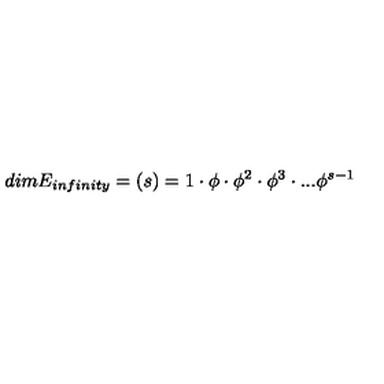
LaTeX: d i m E _ { i n f i n i t y } = ( s ) = 1 \cdot \phi \cdot \phi ^ { 2 } \cdot \phi ^ { 3 } \cdot . . . \phi ^ { s - 1 }